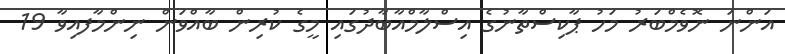
އަންނަ ނޮވެމްބަރު މަހު ޕާކިސްތާނުގެ އިސްލާމްއާބާދުގައި މީގެ ކުރިން ބާއްވަން ނިންމާފއިވާ 19